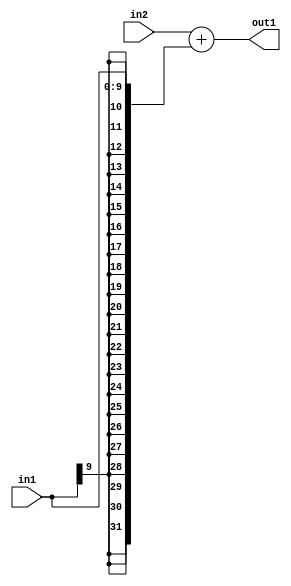
`timescale 1ps / 1ps
/*****************************************************************************
    Verilog RTL Description
    
    
    Created by: Stratus DpOpt 2019.1.01 
*******************************************************************************/

module DC_Filter_Add_32Sx10S_32S_1 (
	in2,
	in1,
	out1
	); /* architecture "behavioural" */ 
input [31:0] in2;
input [9:0] in1;
output [31:0] out1;
wire [31:0] asc001;

assign asc001 = 
	+(in2)
	+({{22{in1[9]}}, in1});

assign out1 = asc001;
endmodule

/* CADENCE  ubL1Qgk= : u9/ySgnWtBlWxVPRXgAZ4Og= ** DO NOT EDIT THIS LINE ******/